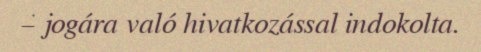
– jogára való hivatkozással indokolta.